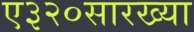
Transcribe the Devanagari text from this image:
ए३२०सारख्या